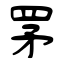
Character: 罞